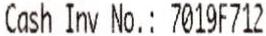
CASH INV NO.: 7019F712